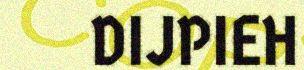
DIJPIEH